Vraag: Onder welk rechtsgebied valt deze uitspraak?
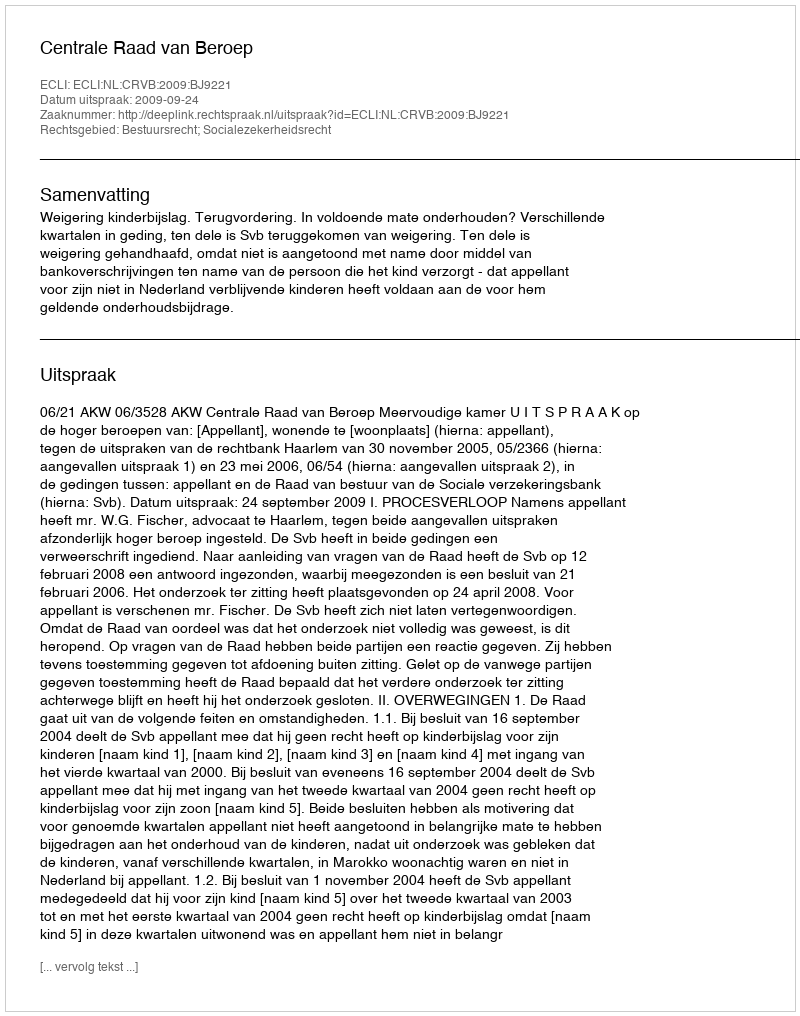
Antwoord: Bestuursrecht; Socialezekerheidsrecht